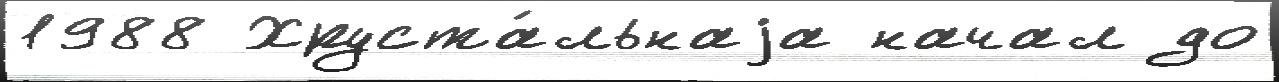
1988 Хруста́льнаjа начал до